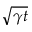
\sqrt { \gamma t }